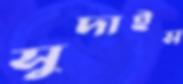
সুদাইস